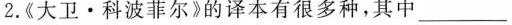
2.《大卫·科波菲尔》的译本有很多种，其中